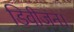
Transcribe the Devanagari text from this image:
डिवीजन।